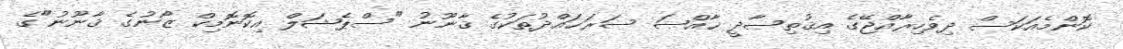
ކޮންމެއަކަސް ދިވެހިރާއްޖޭގެ އިޤުތިޞާދީ ޚާއްޞަ ސަރަޙައްދުތަކުގެ ޤާނޫނު "ސްޕެޝަލް އިކޮނޮމިކް ޒޯނުގެ ޤާނޫނު"ގެ